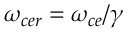
\omega _ { c e r } = \omega _ { c e } / \gamma